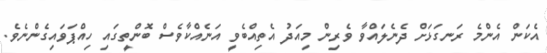
އެކަން އެންމެ ރަނގަޅަށް ދެނެލައްވާ ވެރިން މިއަދު އެތިއްބެވީ އަނެއްކާވެސް ބޮންތީގައި ހިއްޕަވައިގެންނެވެ.